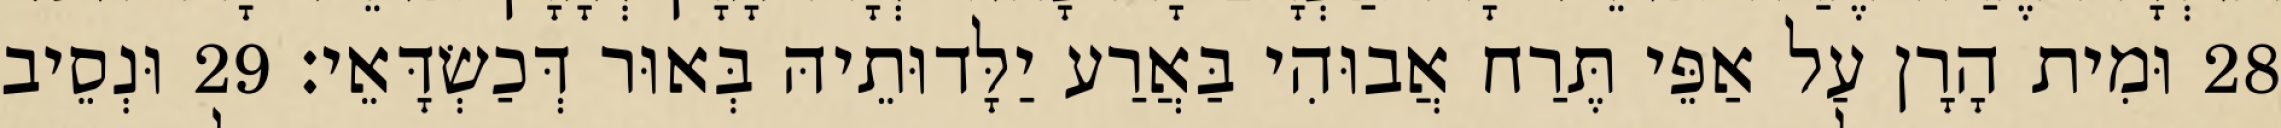
28 וּמִית הָרָן עַל אַפֵּי תֶּרַח אֲבוּהִי בַּאֲרַע יַלָּדוּתֵיהּ בְּאוּר דְּכַשְׂדָּאֵי׃ 29 וּנְסֵיב